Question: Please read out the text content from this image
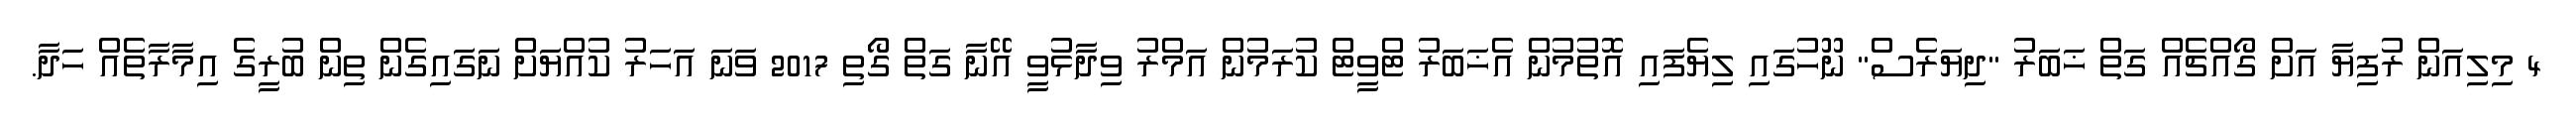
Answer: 4 މިލިއަން ރުފިޔާ އަށް ގޯއްޗެއް ގަތް ޚަބަރު "ދިޔަރެސް" ނޫހުގައި ލިޔެފައި އޮތުމުން އެޚަބަރު ޓްވީޓް ކުރަމުން އަމްރު ވިދާޅުވީ އޭނާ ގަތް ގޯތި 2017 ވަނަ އަހަރު ކުއްޔަށް ނަގައިގެން ތިން ބުރީގެ އިމާރާތެއް ހަދާ.